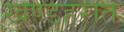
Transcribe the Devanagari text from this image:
खण्डहरात